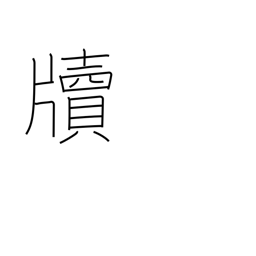
Meaning: letter